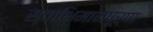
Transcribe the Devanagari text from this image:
स्वाभिमानपूर्ण